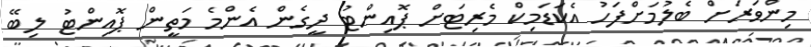
މިންވަރަށް ބެލުމަށްފަހު އެކަޑަމިކް މެރިޓަށް ޕޮއިންޓު ދީގެން އެންމެ މަތީން ޕޮއިންޓު ލިބޭ